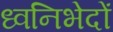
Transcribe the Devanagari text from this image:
ध्वनिभेदों